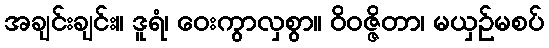
အချင်းချင်း။ ဒူရံ၊ ဝေးကွာလှစွာ။ ဝိဝဇ္ဇိတာ၊ မယှဉ်မစပ်